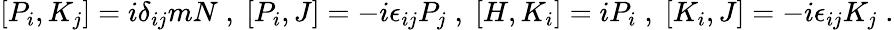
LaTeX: [P_{i},K_{j}]=i\delta_{ij}mN\; ,\; [P_{i},J]=-i\epsilon_{ij}P_{j}\; ,\; [H,K_{i}]=iP_{i}\; ,\; [K_{i},J]=-i\epsilon_{ij}K_{j}\; .